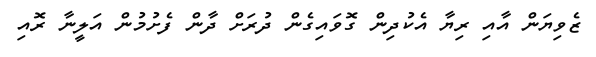
ޒެވިޔަން އާއި ރިޔާ އެކުދިން ގޮވައިގެން ދުރަށް ދާން ފެށުމުން އަލީނާ ރޮއި